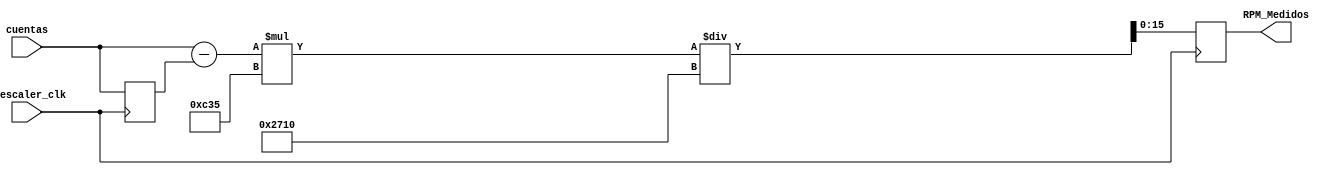
//Este modulo deriva la senal de los encoders para entrar la velocidad de los motores
//La salida esta en RPM y la entrada son las cuentas actuales del encoder
module RPM(Prescaler_clk, cuentas, RPM_Medidos);


input Prescaler_clk; //Clock escalado a 5ms
input signed [35:0] cuentas; //Cuentas actuales del encoder
output signed [15:0] RPM_Medidos; //Velocidad en RPM

reg signed [15:0] RPM_Medidos = 0; //Velocidad en RPM

reg signed [35:0] cuentas_anteriores = 0; //Variable temporal para derivacion

//LOGICA SECUENCIAL
always @(posedge Prescaler_clk)
begin
  RPM_Medidos <= ( (cuentas - cuentas_anteriores)*3125 ) / 10000; //Realiza la derivada. Las constantes se calculan a partir de las CPR del encoder, la caja de reduccion y los 5ms del clock
  cuentas_anteriores <= cuentas; //Asignacion de la variable temporal para la derivada
end




endmodule